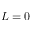
L = 0